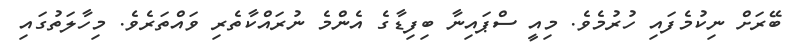
ބޭރަށް ނިކުމެފައި ހުރުމެވެ. މިއީ ސްޕައިނާ ބިފިޑާގެ އެންމެ ނުރައްކާތެރި ވައްތަރެވެ. މިހާލަތުގައި